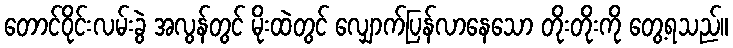
တောင်ဝိုင်းလမ်းခွဲ အလွန်တွင် မိုးထဲတွင် လျှောက်ပြန်လာနေသော တိုးတိုးကို တွေ့ရသည်။